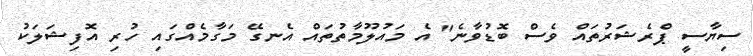
ސިޔާސީ ޕްރެޝަރުތައް ވެސް ބޮޑުވާނެ" އެ މައުލޫމާތުތައް އެނގޭ މަގާމެއްގައި ހުރި އޮފިޝަލަކު